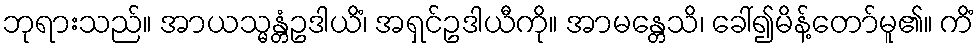
ဘုရားသည်။ အာယသ္မန္တံဥဒါယိံ၊ အရှင်ဥဒါယီကို။ အာမန္တေသိ၊ ခေါ်၍မိန့်တော်မူ၏။ ကိံ